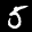
Label: 5